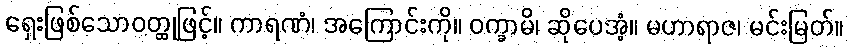
ရှေးဖြစ်သောဝတ္ထုဖြင့်။ ကာရဏံ၊ အကြောင်းကို။ ဝက္ခာမိ၊ ဆိုပေအံ့။ မဟာရာဇ၊ မင်းမြတ်။